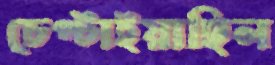
চেপ্‌টাইয়াছিল